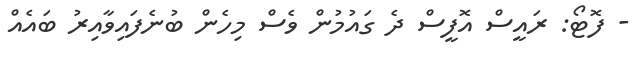
- ފޮޓޯ: ރައީސް އޮފީސް ދެ ގައުމުން ވެސް މިހެން ބުނެފައިވާއިރު ބައެއް